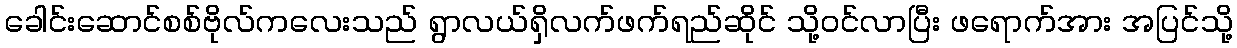
ခေါင်းဆောင်စစ်ဗိုလ်ကလေးသည် ရွာလယ်ရှိလက်ဖက်ရည်ဆိုင် သို့ဝင်လာပြီး ဖရောက်အား အပြင်သို့